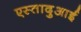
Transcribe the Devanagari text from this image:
एस्तादुआई